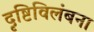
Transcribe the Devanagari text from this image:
दृष्टिविलंबना